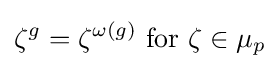
\zeta ^{g}=\zeta ^{\omega (g)}{\text{ for }}\zeta \in \mu _{p}